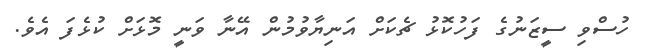
ހުސްވި ސީޒަނުގެ ފަހުކޮޅު ޗެކަށް އަނިޔާވުމުން އޭނާ ވަނީ މޮޅަށް ކުޅެފަ އެވެ.